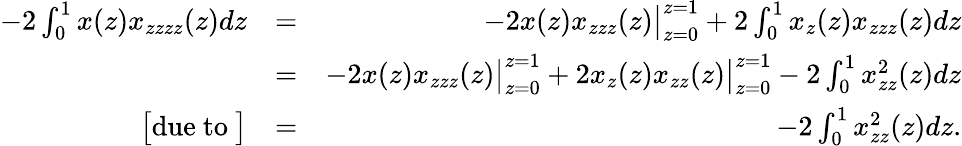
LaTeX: \begin{array}{rlr}{-2\int_{0}^{1}x(z)x_{zzzz}(z)dz}&{=}&{-2x(z)x_{zzz}(z)\big|_{z=0}^{z=1}+2\int_{0}^{1}x_{z}(z)x_{zzz}(z)dz}\\ &{=}&{-2x(z)x_{zzz}(z)\big|_{z=0}^{z=1}+2x_{z}(z)x_{zz}(z)\big|_{z=0}^{z=1}-2\int_{0}^{1}x_{zz}^{2}(z)dz}\\ {\big[\mathrm{due~to~}\big]}&{=}&{-2\int_{0}^{1}x_{zz}^{2}(z)dz.}\end{array}